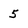
Character: 5